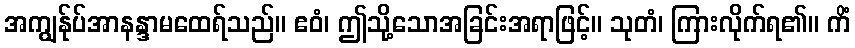
အကျွန်ုပ်အာနန္ဒာမထေရ်သည်။ ဧဝံ၊ ဤသို့သောအခြင်းအရာဖြင့်။ သုတံ၊ ကြားလိုက်ရ၏။ ကိံ